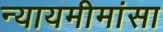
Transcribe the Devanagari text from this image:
न्यायमीमांसा